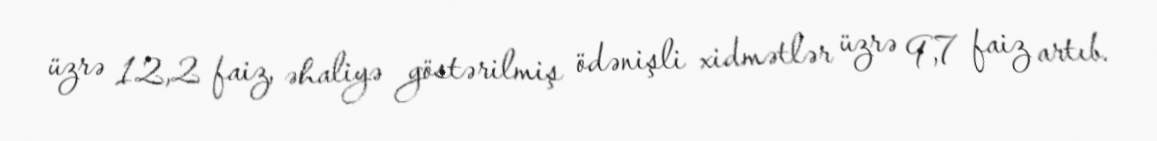
üzrə 12,2 faiz, əhaliyə göstərilmiş ödənişli xidmətlər üzrə 9,7 faiz artıb.